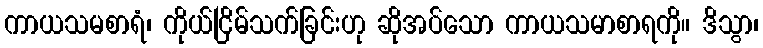
ကာယသမစာရံ၊ ကိုယ်ငြိမ်သက်ခြင်းဟု ဆိုအပ်သော ကာယသမာစာရကို။ ဒိသွာ၊